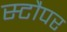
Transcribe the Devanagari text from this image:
स्टौपर